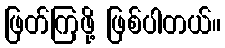
ဖြတ်ကြဖို့ ဖြစ်ပါတယ်။